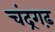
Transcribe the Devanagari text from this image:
चंद्रगढ़